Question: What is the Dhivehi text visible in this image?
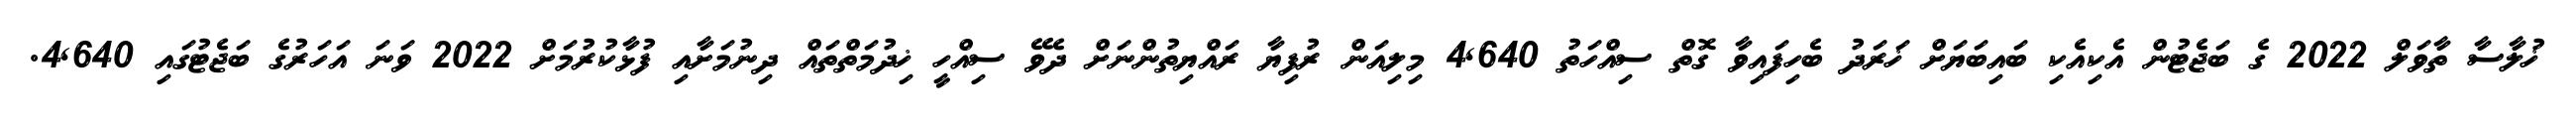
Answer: ޚުލާސާ ތާވަލް 2022 ގެ ބަޖެޓުން އެކިއެކި ބައިބަޔަށް ޚަރަދު ބެހިފައިވާ ގޮތް ސިއްހަތު 4,640 މިލިއަން ރުފިޔާ ރައްޔިތުންނަށް ދެވޭ ސިއްހީ ޚިދުމަތްތައް ދިނުމަށާއި ފުޅާކުރުމަށް 2022 ވަނަ އަހަރުގެ ބަޖެޓުގައި 4,640.